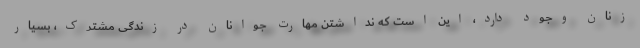
زنان وجود دارد، این است که نداشتن مهارت جوانان در زندگی‌ مشترک، بسیار